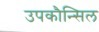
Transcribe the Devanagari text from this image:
उपकौन्सिल